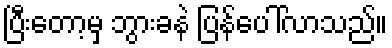
ပြီးတော့မှ ဘွားခနဲ ပြန်ပေါ်လာသည်။